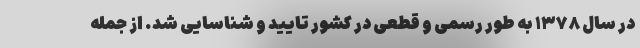
در سال ۱۳۷۸ به طور رسمی و قطعی در کشور تایید و شناسایی شد. از جمله